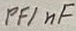
Text: PF/nF